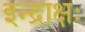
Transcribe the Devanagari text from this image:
इन्द्राक्षः